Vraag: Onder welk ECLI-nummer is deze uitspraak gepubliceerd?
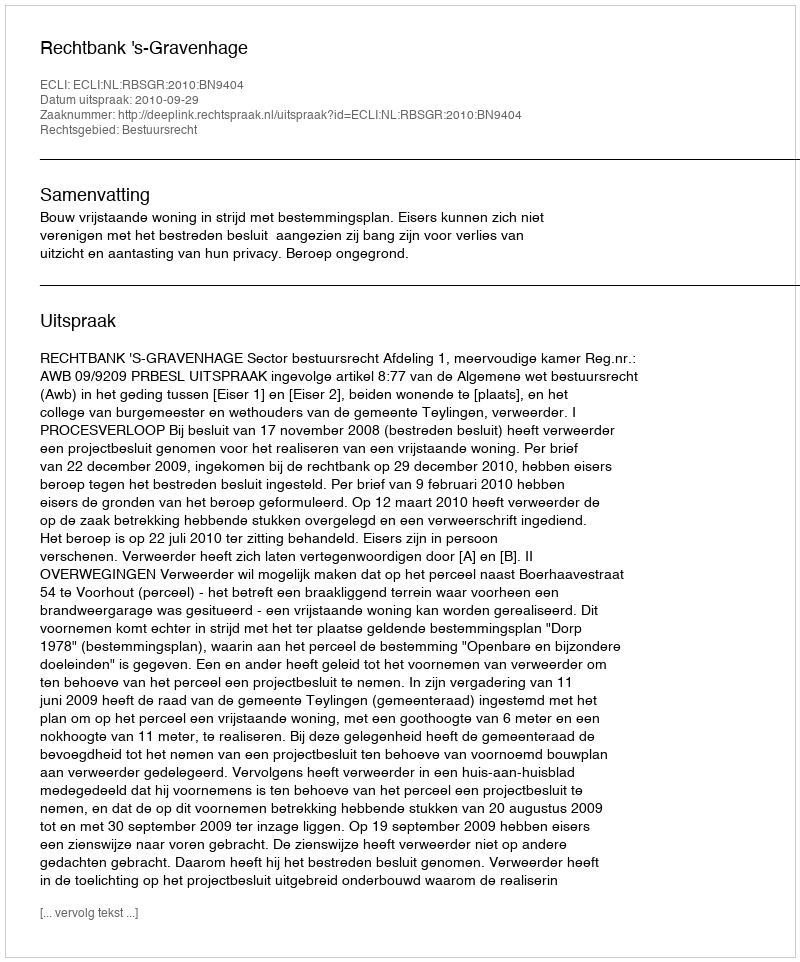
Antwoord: ECLI:NL:RBSGR:2010:BN9404